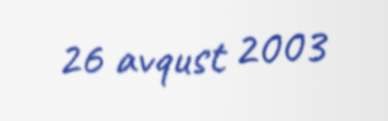
26 avqust 2003